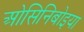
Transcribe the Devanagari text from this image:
ओसिनिबोइया